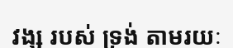
វង្ស របស់ ទ្រង់ តាមរយៈ